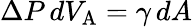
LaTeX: \Delta P\, dV_{\mathrm{{A}}}=\gamma\, dA